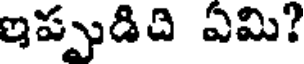
ఇప్పుడిది ఏమి?